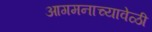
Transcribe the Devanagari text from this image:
आगमनाच्यावेळी